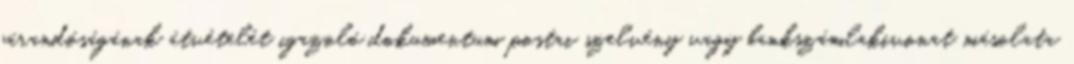
járandóságának átvételét igazoló dokumentum postai szelvény vagy bankszámlakivonat másolata